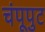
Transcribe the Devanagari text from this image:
चंपूपुट